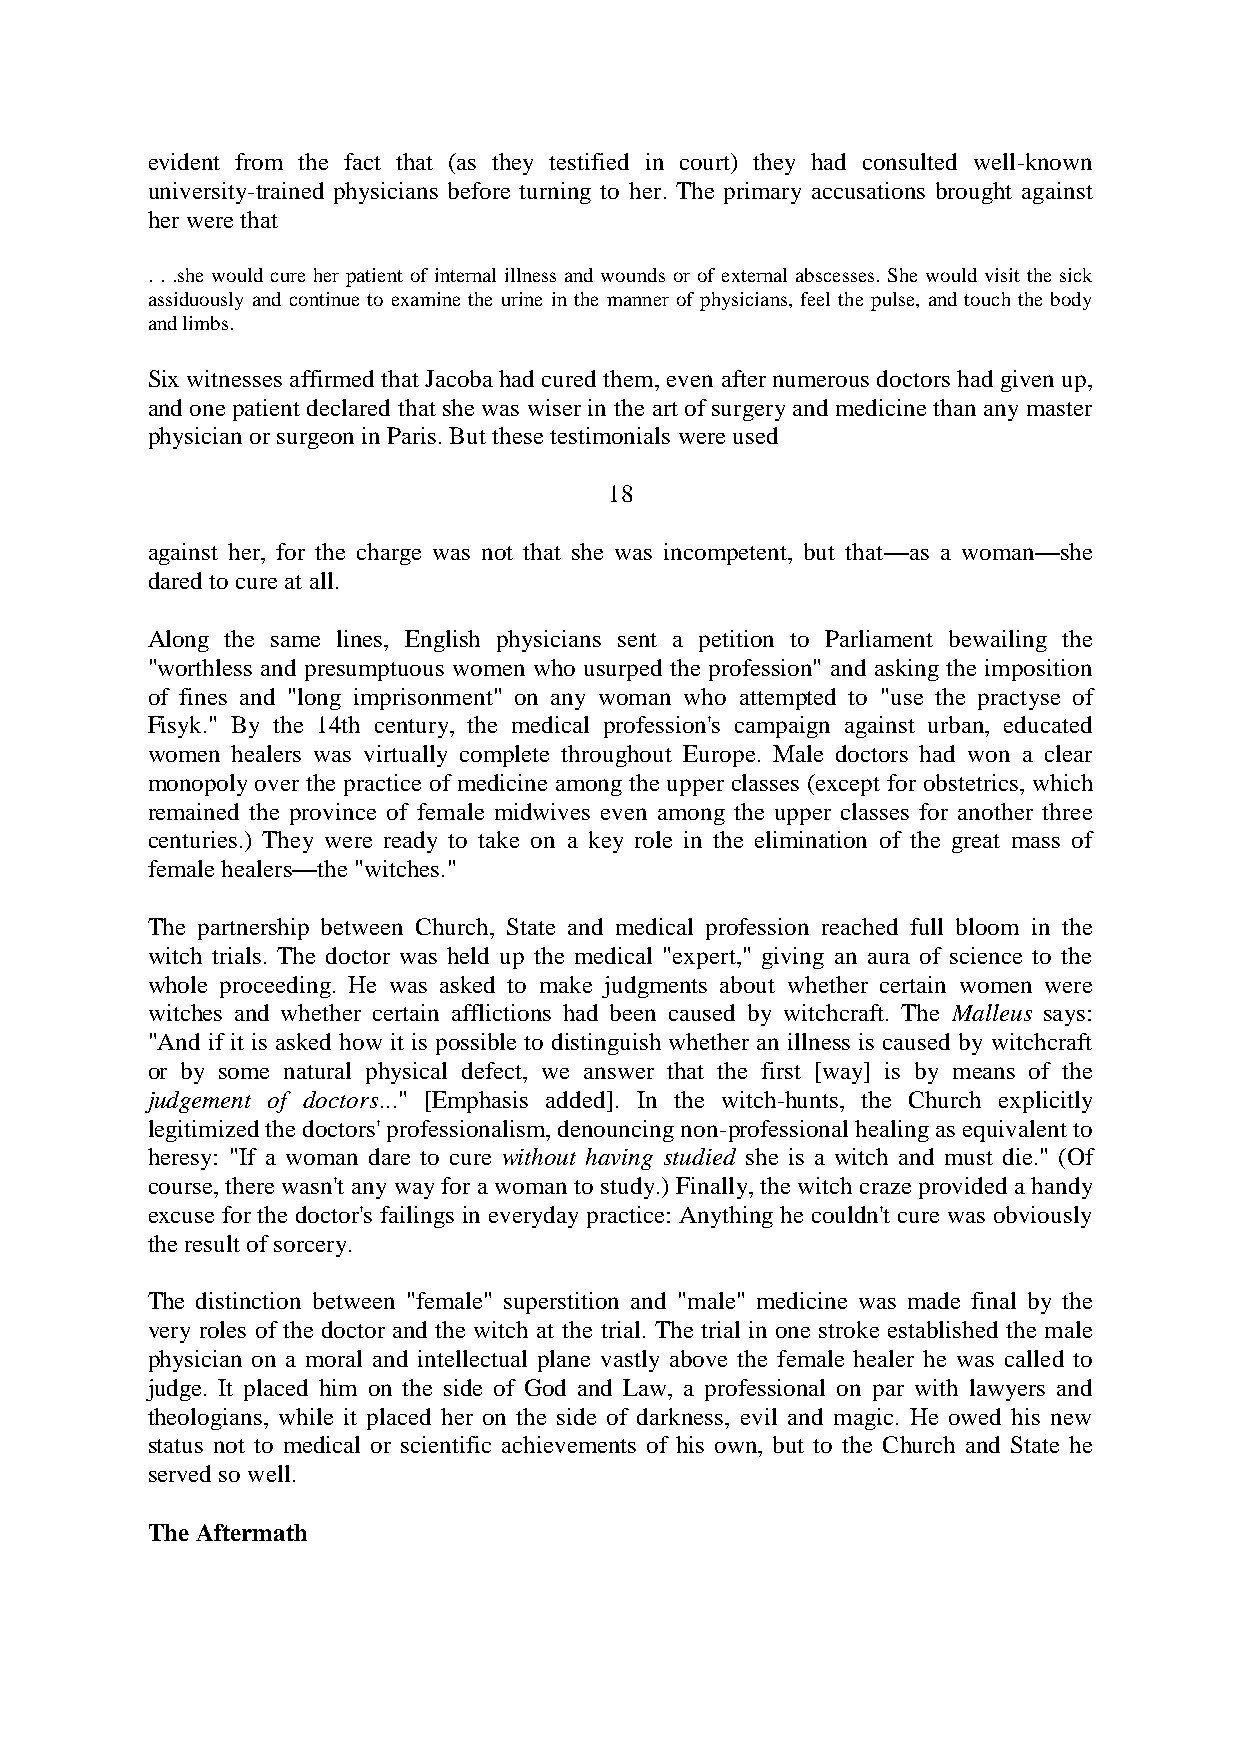
evident from the fact that (as they testified in court) they had consulted well-known
 university-trained physicians before turning to her. The primary accusations brought against
 her were that
 . . .she would cure her patient of internal illness and wounds or of external abscesses. She would visit the sick
 assiduously and continue to examine the urine in the manner of physicians, feel the pulse, and touch the body
 and limbs.
 Six witnesses affirmed that Jacoba had cured them, even after numerous doctors had given up,
 and one patient declared that she was wiser in the art of surgery and medicine than any master
 physician or surgeon in Paris. But these testimonials were used
 18
 against her, for the charge was not that she was incompetent, but that—as a woman—she
 dared to cure at all.
 Along the same lines, English physicians sent a petition to Parliament bewailing the
 "worthless and presumptuous women who usurped the profession" and asking the imposition
 of fines and "long imprisonment" on any woman who attempted to "use the practyse of
 Fisyk." By the 14th century, the medical profession's campaign against urban, educated
 women healers was virtually complete throughout Europe. Male doctors had won a clear
 monopoly over the practice of medicine among the upper classes (except for obstetrics, which
 remained the province of female midwives even among the upper classes for another three
 centuries.) They were ready to take on a key role in the elimination of the great mass of
 female healers—the "witches."
 The partnership between Church, State and medical profession reached full bloom in the
 witch trials. The doctor was held up the medical "expert," giving an aura of science to the
 whole proceeding. He was asked to make judgments about whether certain women were
 witches and whether certain afflictions had been caused by witchcraft. The Malleus says:
 "And if it is asked how it is possible to distinguish whether an illness is caused by witchcraft
 or by some natural physical defect, we answer that the first [way] is by means of the
 judgement of doctors..." [Emphasis added]. In the witch-hunts, the Church explicitly
 legitimized the doctors' professionalism, denouncing non-professional healing as equivalent to
 heresy: "If a woman dare to cure without having studied she is a witch and must die." (Of
 course, there wasn't any way for a woman to study.) Finally, the witch craze provided a handy
 excuse for the doctor's failings in everyday practice: Anything he couldn't cure was obviously
 the result of sorcery.
 The distinction between "female" superstition and "male" medicine was made final by the
 very roles of the doctor and the witch at the trial. The trial in one stroke established the male
 physician on a moral and intellectual plane vastly above the female healer he was called to
 judge. It placed him on the side of God and Law, a professional on par with lawyers and
 theologians, while it placed her on the side of darkness, evil and magic. He owed his new
 status not to medical or scientific achievements of his own, but to the Church and State he
 served so well.
 The Aftermath